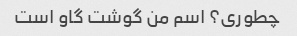
چطوری؟ اسم من گوشت گاو است